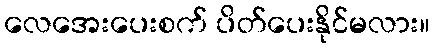
လေအေးပေးစက် ပိတ်ပေးနိုင်မလား။